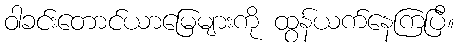
ဝါခင်းတောင်ယာမြေများကို ထွန်ယက်နေကြပြီ။